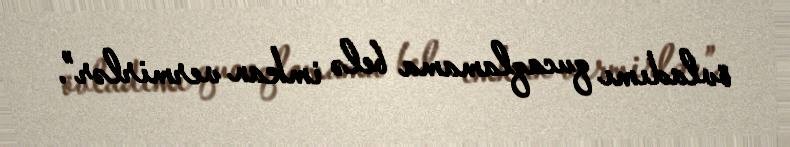
övladımı qucaqlamama belə imkan vermirlər”.